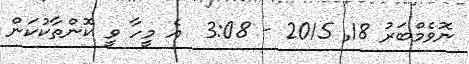
ނޮވެމްބަރު 18